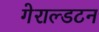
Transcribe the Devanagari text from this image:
गेराल्डटन